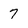
Character: 7